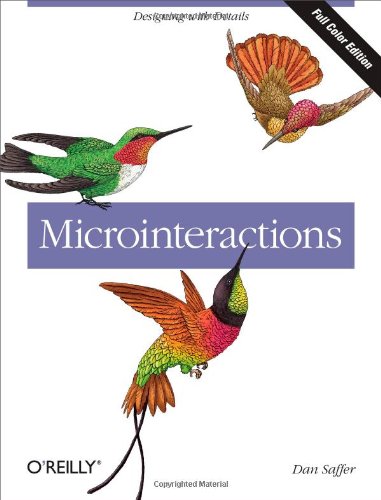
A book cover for Microinteractions: Full Color Edition: Designing with Details; Dan Saffer; Computers & Technology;